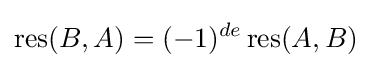
\operatorname {res} (B,A)=(-1)^{de}\operatorname {res} (A,B)